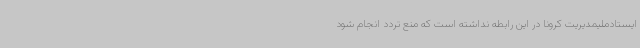
ایستادملیمدیریت کرونا در این رابطه نداشته است که منع تردد انجام شود